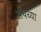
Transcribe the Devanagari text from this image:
अँपच्या